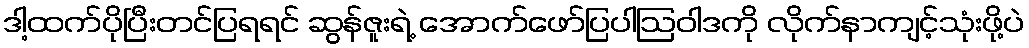
ဒါ့ထက်ပိုပြီးတင်ပြရရင် ဆွန်ဇူးရဲ့ အောက်ဖော်ပြပါဩဝါဒကို လိုက်နာကျင့်သုံးဖို့ပဲ